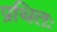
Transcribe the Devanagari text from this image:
प्रथितः